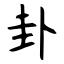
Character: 卦